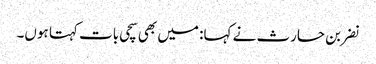
نضر بن حارث نے کہا: میں بھی سچی بات کہتا ہوں۔